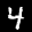
Label: 4